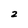
Character: 2